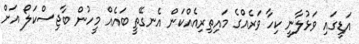
އަޑީގައި ވަޅުލާނީ ކިހާ ވަރެއްގެ މައިތިރިއެއްކަން އެނގޭތީ ބައެއް މީހުން ބާޖިސްކަލޯ އަށް